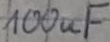
Text: 100µF